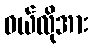
ဝယ်လိုအား